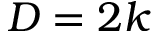
D = 2 k